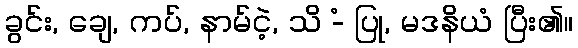
ခွင်း, ချေ, ကပ်, နာမ်ငဲ့, သိ -ံ ပြု, မဒနိယံ ပြီး၏။